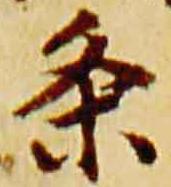
条